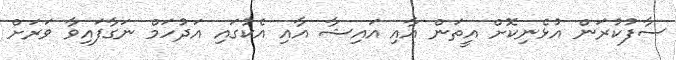
ސާފުކުރަން އުޅެނިކޮށް އީތަން އާއި އައިޝާ އާއި އެކުގައި އަދުހަމް ނަގާފައިވާ ވަރަށް